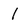
Character: l